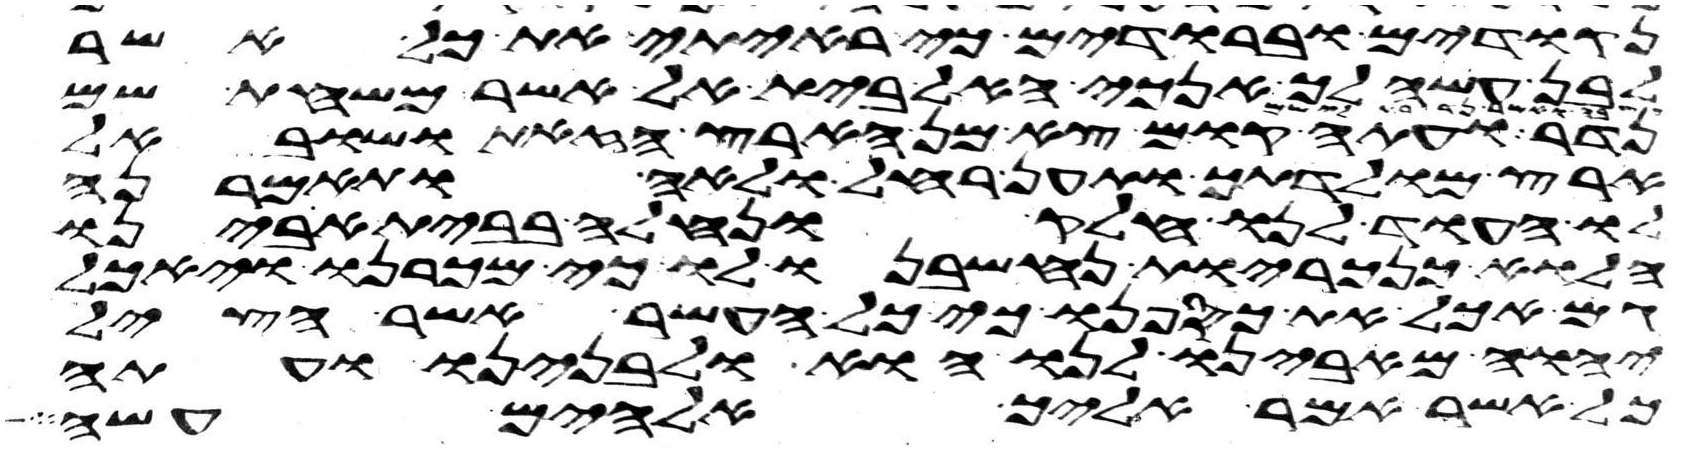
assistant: נקודים וברודים כי ראיתי את כל אשר
לבן עשה לך אנכי האל בית אל אשר משחת שם
נדר ועתה קום צא מן הארץ הזאת ושוב אל
ארץ מולדתך ותען רחל ולאה ותאמרנה
לו העוד לנו חלק ונחלה בבית אבינו
הלוא כנכריות נחשבנו לו כי מכרנו ויאכל
גם אכל את כספנו כי כל העשר אשר הציל
יהוה מאבינו לנו הוא ולבנינו ועתה
כל אשר אמר אליך אלהים עשה